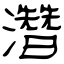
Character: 濳